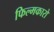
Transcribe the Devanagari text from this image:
फिल्मकारो